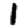
Digit: 1